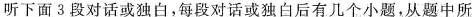
听下面3 段对话或独白,每段对话或独白后有几个小题,从题中所